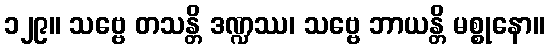
၁၂၉။ သဗ္ဗေ တသန္တိ ဒဏ္ဍဿ၊ သဗ္ဗေ ဘာယန္တိ မစ္စုနော။